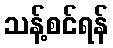
သန့်စင်ရန်